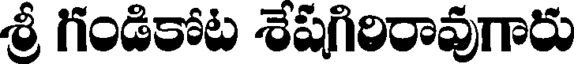
శ్రీ గండికోట శేషిగిరిరావుగారు